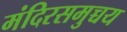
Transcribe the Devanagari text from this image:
मंदिरसमुच्चय